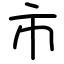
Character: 市